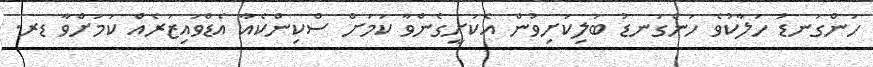
ހަންގަނޑު ހަލާކުވެ ހަންގަނޑު ބަލިކަށިވުން އެކަށީގެންވާ ކަމަށް ސްކިންކެއާ އެޑްވައިޒަރެއް ކަމަށްވާ ޑރ.